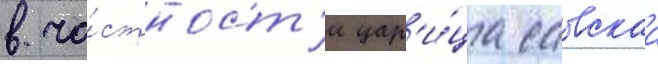
в ча́стност'и цар'и́ца савскаа